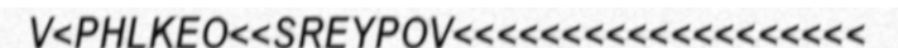
V<PHLKEO<<SREYPOV<<<<<<<<<<<<<<<<<<<